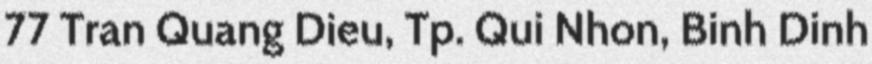
77 Tran Quang Dieu, Tp. Qui Nhon, Binh Dinh